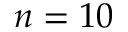
n = 1 0